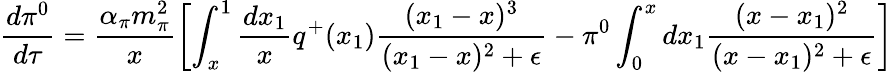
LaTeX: \frac{d\pi^{0}}{d\tau}=\frac{\alpha_{\pi}m_{\pi}^{2}}{x}{\left[\int_{x}^{1}\frac{dx_{1}}{x}q^{+}(x_{1})\frac{(x_{1}-x)^{3}}{(x_{1}-x)^{2}+\epsilon}-\pi^{0}\int_{0}^{x}dx_{1}\frac{(x-x_{1})^{2}}{(x-x_{1})^{2}+\epsilon}\right]}